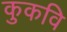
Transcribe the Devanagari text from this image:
कुकवि